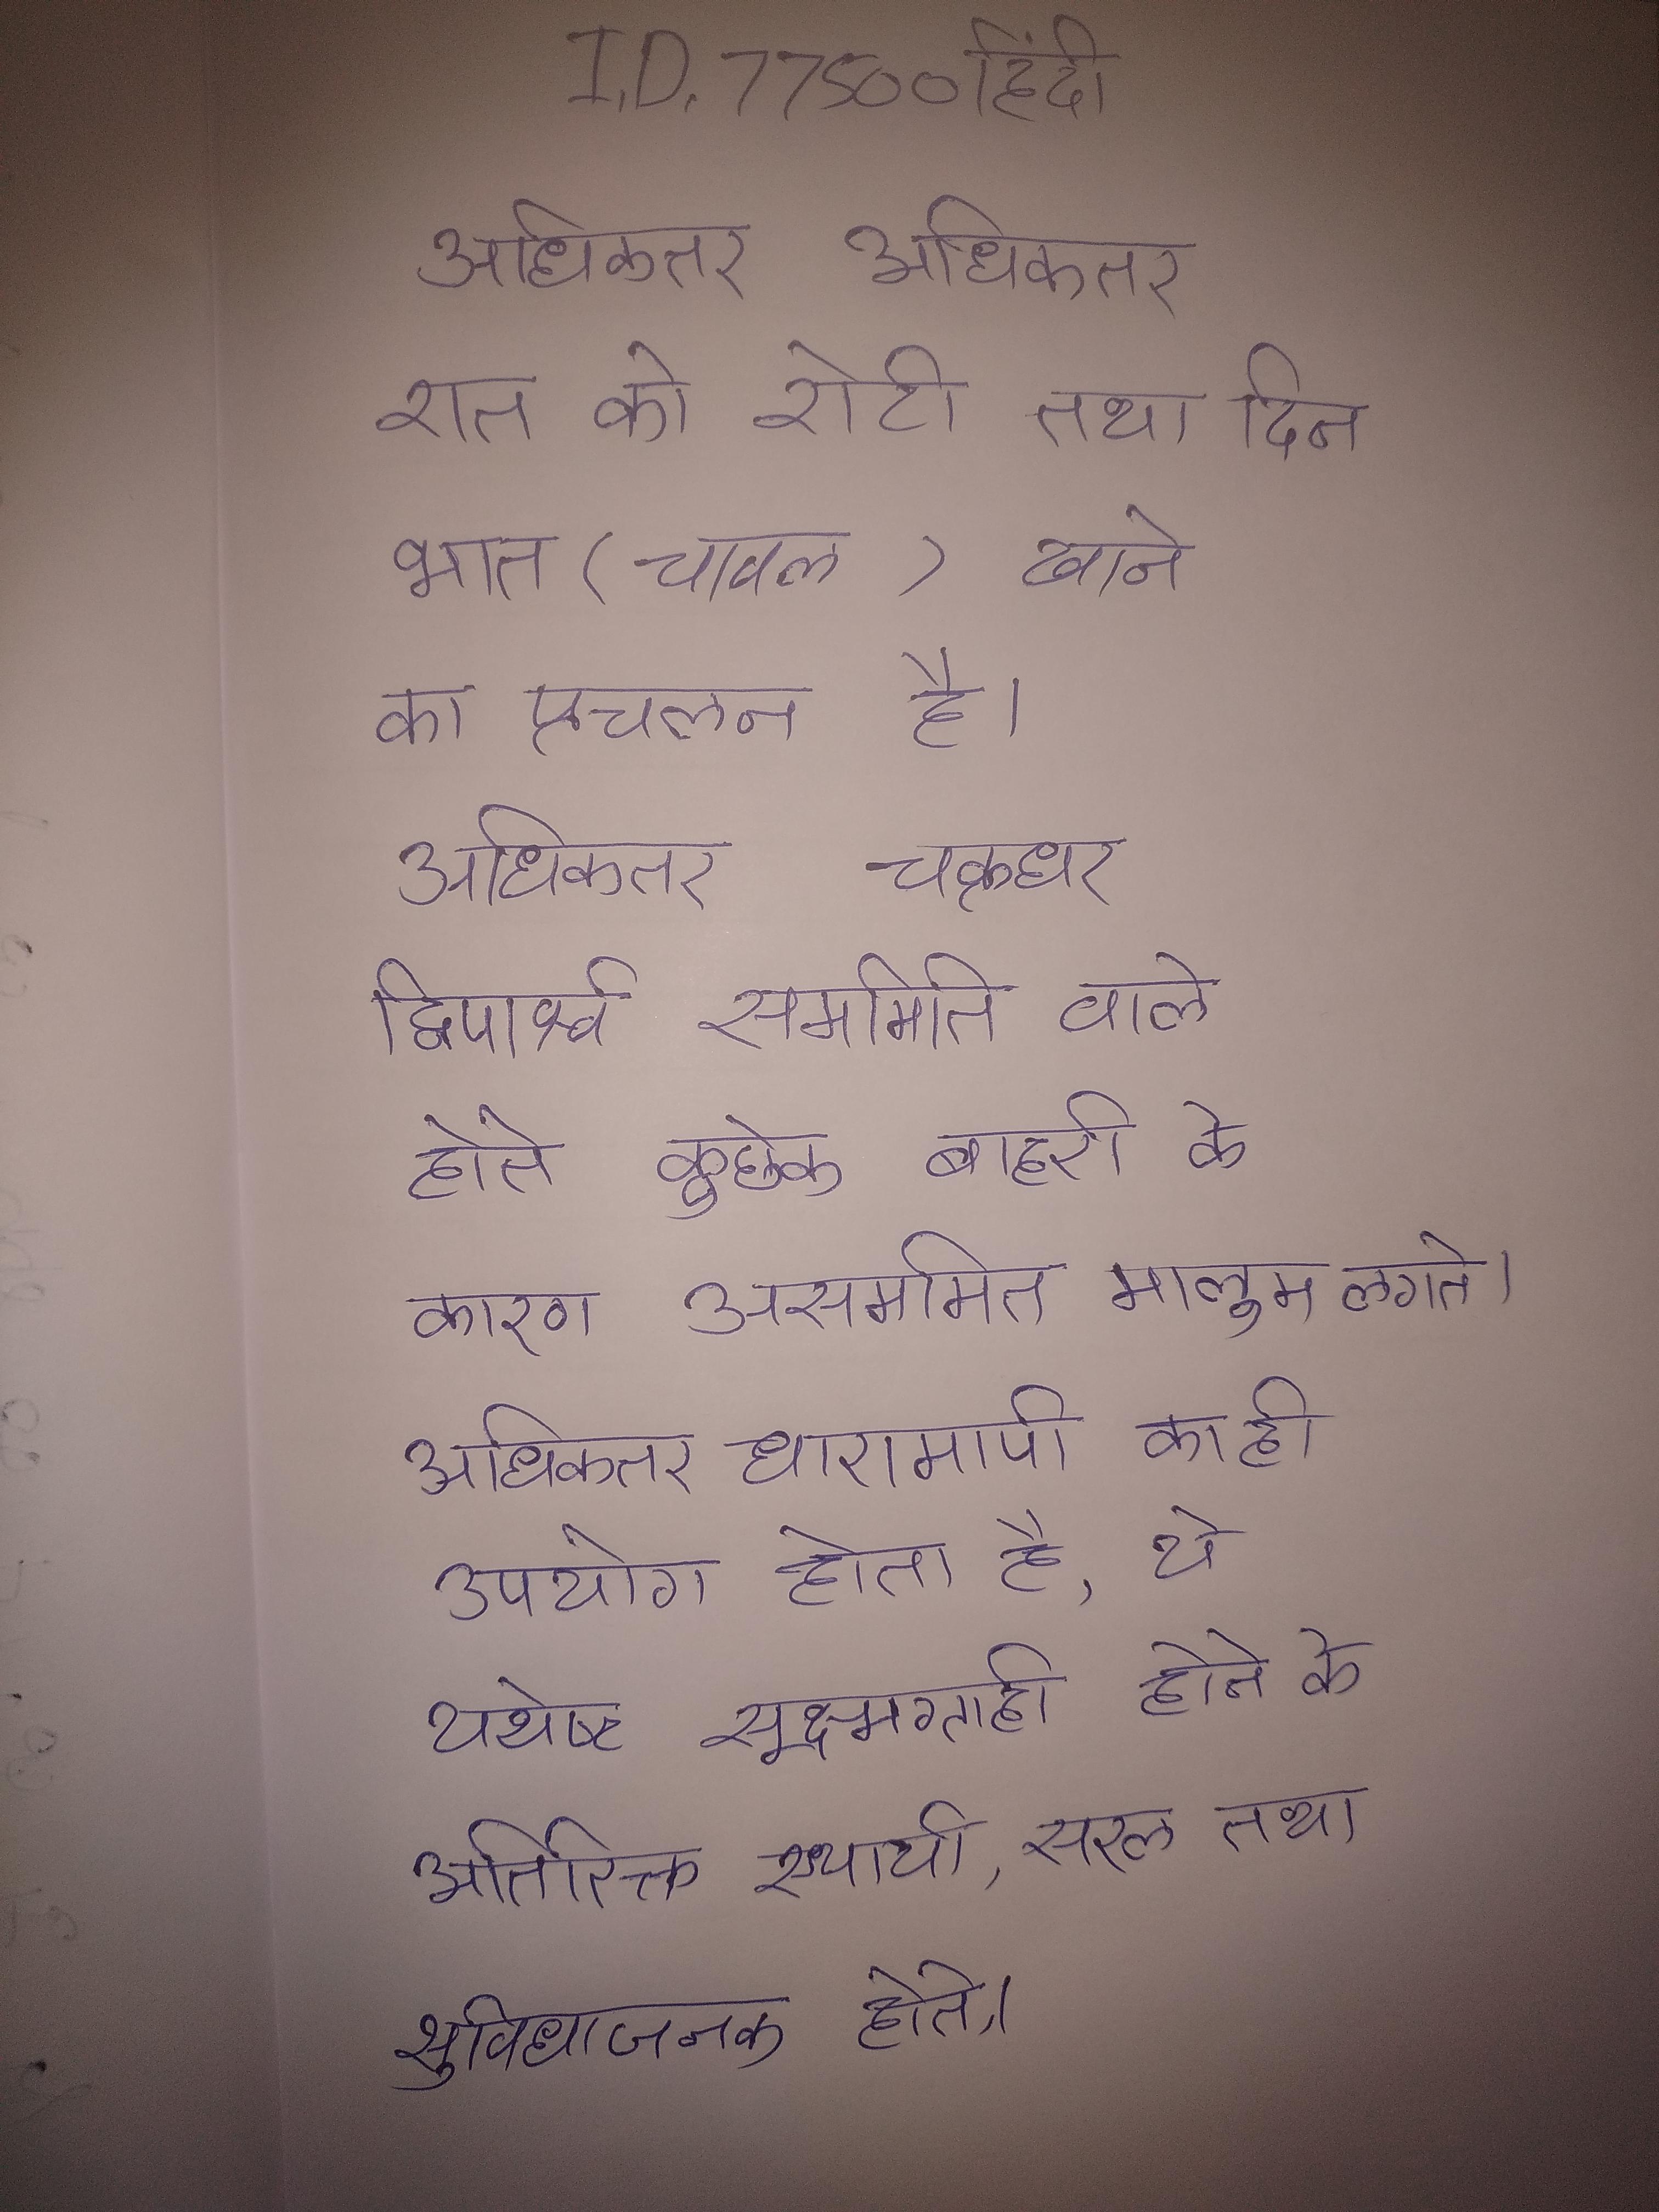
अधिकतर अधिकतर रात को रोटी तथा दिन भात (चावल) खाने का प्रचलन है । अधिकतर चक्रधर द्विपार्श्व सममिति वाले होते कुछेक बाहरी के कारण असममित मालूम लगते । अधिकतर धारामापी का ही उपयोग होता है, ये यथेष्ट सूक्ष्मग्राही होने के अतिरिक्त, स्थायी, सरल तथा सुविधाजनक होते ।